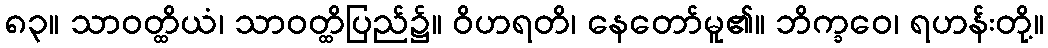
၈၃။ သာဝတ္ထိယံ၊ သာဝတ္ထိပြည်၌။ ဝိဟရတိ၊ နေတော်မူ၏။ ဘိက္ခဝေ၊ ရဟန်းတို့။